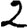
Digit: 2